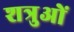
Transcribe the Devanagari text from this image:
शत्रुओें